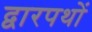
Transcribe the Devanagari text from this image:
द्वारपथों